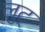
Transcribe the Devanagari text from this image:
लुट्